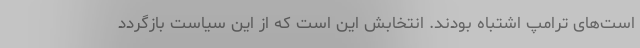
است‌های ترامپ اشتباه بودند. انتخابش این است که از این سیاست بازگردد